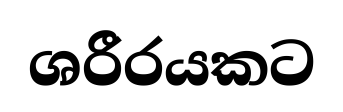
ශරීරයකට